Insane asylums Bombay 1873-77 - 1873-1877
Year: 1873
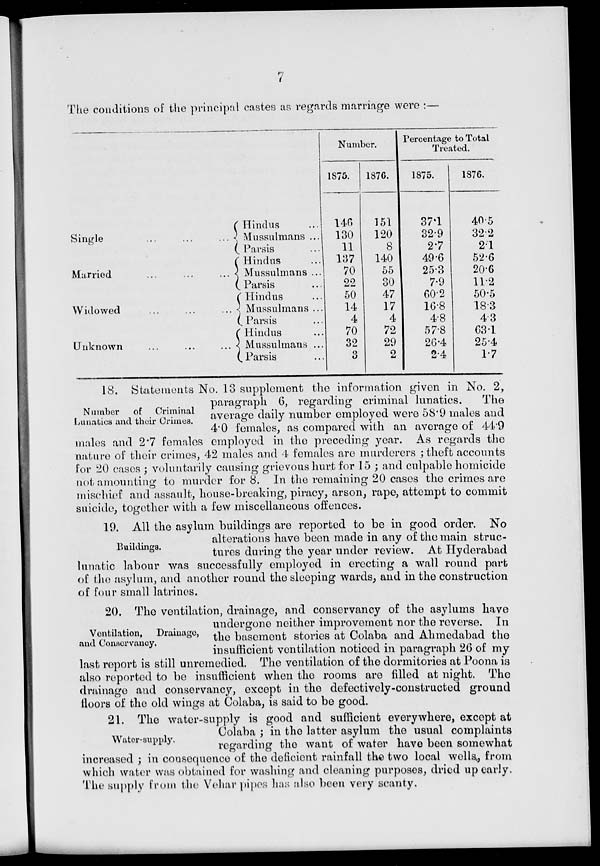
7
The conditions of the principal castes as regards marriage were :—
Single ... ... ...
Married ... ... ...
Widowed ... ... ...
Unknown ... ... ...
Hindus ...
Mussulmans ...
Parsis ...
Hindus ...
Mussulmans ...
Parsis ...
Hindus ...
Mussulmans ...
Parsis ...
Hindus ...
Mussulmans ...
Parsis ...
Number.
1875.
146
130
11
137
70
22
50
14
4
70
32
3
1876.
151
120
8
140
55
30
47
17
4
72
29
2
Percentage to Total
Treated.
1875.
37.1
32.9
2.7
49.6
25.3
7.9
60.2
16.8
4.8
57.8
26.4
2.4
1876.
40.5
32.2
2.1
52.6
20.6
11.2
50.5
18.3
4.3
63.1
25.4
1.7
Number
of
Criminal
Lunatics and their Crimes.
18. Statements No. 13 supplement the information given in No. 2,
paragraph 6, regarding criminal lunatics.
The
average daily number employed were 58.9 males and
4.0 females, as compared with an average of 44.9
males and 2.7 females employed in the preceding year. As regards the
nature of their crimes, 42 males and 4 females are murderers ; theft accounts
for 20 cases ; voluntarily causing grievous hurt for 15 ; and culpable homicide
not amounting to murder for 8. In the remaining 20 cases the crimes are
mischief and assault, house-breaking, piracy, arson, rape, attempt to commit
suicide, together with a few miscellaneous offences.
Buildings.
19. All the asylum buildings are reported to be in good order. No
alterations have been made in any of the main struc-
tures during the year under review. At Hyderabad
lunatic labour was successfully employed in erecting a wall round part
of the asylum, and another round the sleeping wards, and in the construction
of four small latrines.
Ventilation,
Drainage,
and Conservancy.
20. The ventilation, drainage, and conservancy of the asylums have
undergone neither improvement nor the reverse. In
the basement stories at Colaba and Ahmedabad the
insufficient ventilation noticed in paragraph 26 of my
last report is still unremedied. The ventilation of the dormitories at Poona is
also reported to be insufficient when the rooms are filled at night. The
drainage and conservancy, except in the defectively-constructed ground
floors of the old wings at Colaba, is said to be good.
Water-supply.
21. The water-supply is good and sufficient everywhere, except at
Colaba ; in the latter asylum the usual complaints
regarding the want of water have been somewhat
increased ; in consequence of the deficient rainfall the two local wells, from
which water was obtained for washing and cleaning purposes, dried up early.
The supply from the Vehar pipes has also been very scanty.